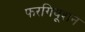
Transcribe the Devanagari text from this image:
फरगियूशन